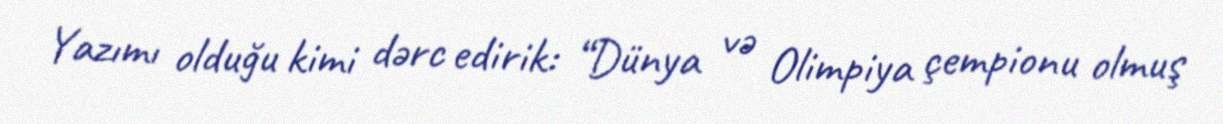
Yazımı olduğu kimi dərc edirik: “Dünya və Olimpiya çempionu olmuş